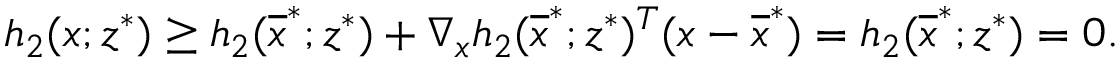
h _ { 2 } ( \boldsymbol { x } ; \boldsymbol { z } ^ { * } ) \geq h _ { 2 } ( \overline { { \boldsymbol { x } } } ^ { * } ; \boldsymbol { z } ^ { * } ) + \nabla _ { \boldsymbol { x } } h _ { 2 } ( \overline { { \boldsymbol { x } } } ^ { * } ; \boldsymbol { z } ^ { * } ) ^ { T } ( \boldsymbol { x } - \overline { { \boldsymbol { x } } } ^ { * } ) = h _ { 2 } ( \overline { { \boldsymbol { x } } } ^ { * } ; \boldsymbol { z } ^ { * } ) = 0 .